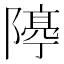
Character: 𨼛